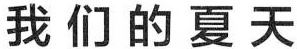
我们的夏天